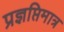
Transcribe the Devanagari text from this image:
प्रज्ञप्तिमात्र